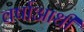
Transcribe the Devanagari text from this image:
वर्षाआधी